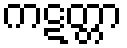
ကဋတ္တာ